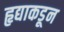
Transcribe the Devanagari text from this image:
हृद्याकडून